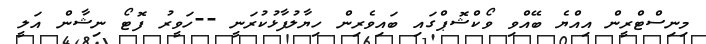
މިނިސްޓްރީން އިއްޔެ ބޭއްވި ވޯކްޝޮޕްގައި ބައިވެރިން ހިޔާލުފާޅުކުރަނީ --ހަވީރު ފޮޓޯ ނިޝާން އަލީ